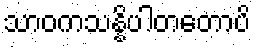
သာဝကသန္နိပါတတောပိ